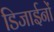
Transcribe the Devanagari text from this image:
डिजाईनों